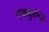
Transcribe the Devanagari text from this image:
एक्कुण्डि